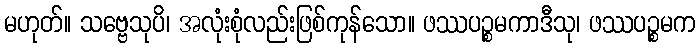
မဟုတ်။ သဗ္ဗေသုပိ၊ အလုံးစုံလည်းဖြစ်ကုန်သော။ ဖဿပဉ္စမကာဒီသု၊ ဖဿပဉ္စမက